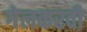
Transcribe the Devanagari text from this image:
गेलकरवी